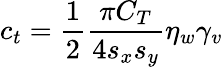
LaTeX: c_{t}=\frac{1}{2}\frac{\pi C_{T}}{4s_{x}s_{y}}\eta_{w}\gamma_{v}